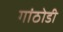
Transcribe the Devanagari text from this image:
गांठोडी